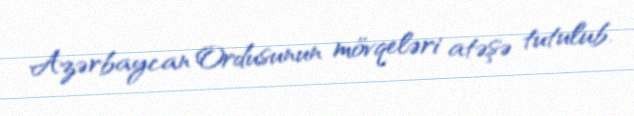
Azərbaycan Ordusunun mövqeləri atəşə tutulub.